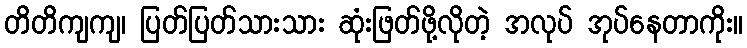
တိတိကျကျ၊ ပြတ်ပြတ်သားသား ဆုံးဖြတ်ဖို့လိုတဲ့ အလုပ် အုပ်နေတာကိုး။